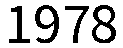
1978